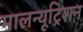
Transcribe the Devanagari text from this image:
मालन्यूट्रिशन